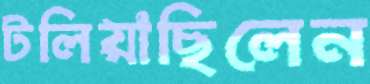
টলিয়াছিলেন